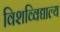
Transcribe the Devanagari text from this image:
विशव्विद्याल्य